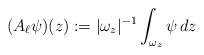
LaTeX: \begin{align*} (A_\ell \psi)(z):=|\omega_z|^{-1}\int_{\omega_z} \psi\,dz \end{align*}